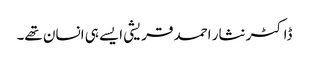
ڈاکٹر نثار احمد قریشی ایسے ہی انسان تھے۔